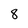
Character: 8